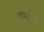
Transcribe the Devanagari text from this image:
गभीरम